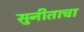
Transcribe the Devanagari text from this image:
सुनीताचा